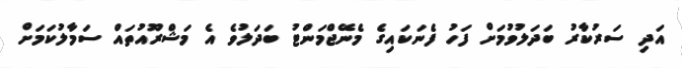
އަދި ސަރުކާރު ބަދަލުވުމަށް ފަހު ފެނަކައިގެ މެނޭޖްމަންޓު ބަދަލުވެ އެ މަޝްރޫއުތައް ސަމާލުކަމަށް